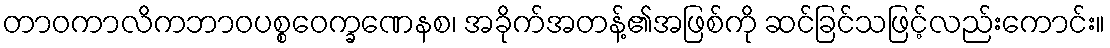
တာဝကာလိကဘာဝပစ္စဝေက္ခဏေနစ၊ အခိုက်အတန့်၏အဖြစ်ကို ဆင်ခြင်သဖြင့်လည်းကောင်း။